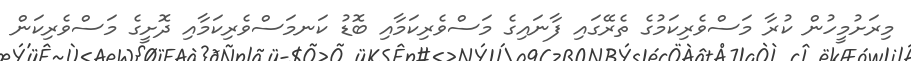
މިރަށުމީހުން ކުރާ މަސްވެރިކަމުގެ ތެރޭގައި ފާނައިގެ މަސްވެރިކަމާއި ބޮޑު ކަނމަސްވެރިކަމާއި ދޮށީގެ މަސްވެރިކަން